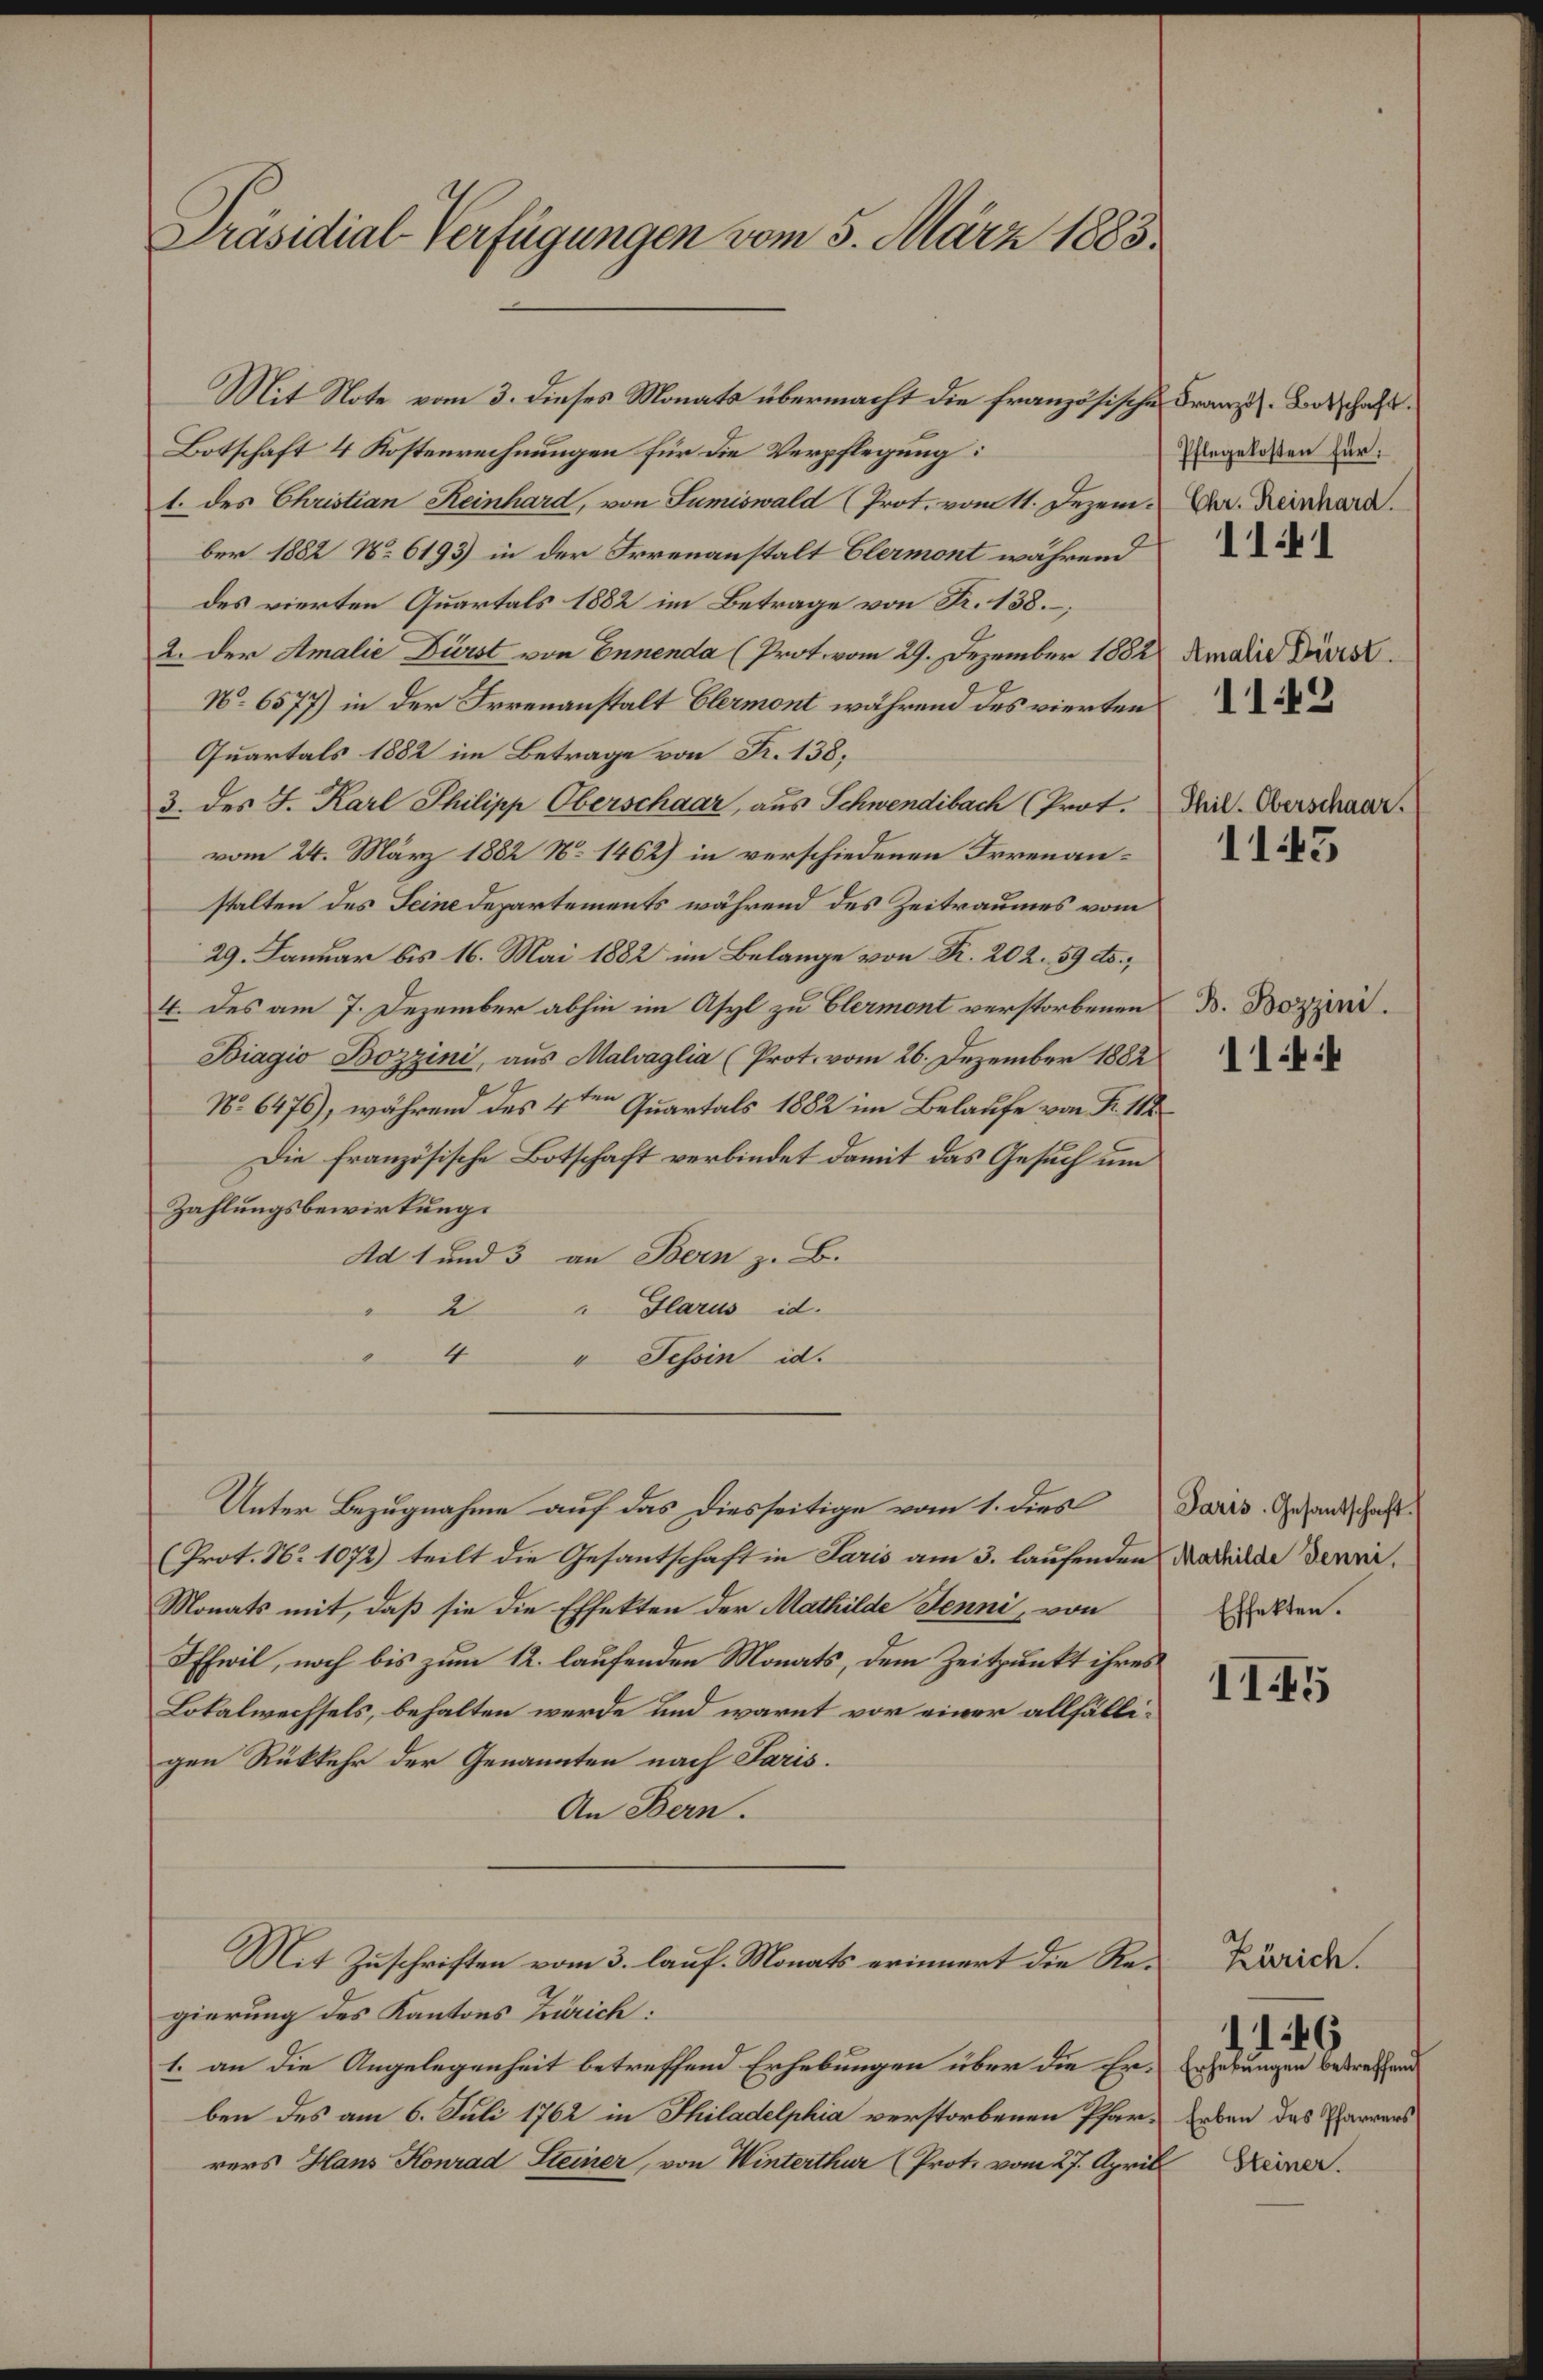
Präsidial-Verfügungen vom 5. März 1883.

Botschaft 4 Kostenrechnungen für die Verpflegung:
1. des Christian Reinhard, von Sumiswald (Prot. vom 11. Dezember 1882 No 6193) in der Irrenanstalt Clermont während
des vierten Quartals 1882 im Betrage von Fr. 138.
2. der Amalie Dürst von Ennenda (Prot. vom 29. Dezember 1882 Amalie Dire
No. 6577) in der Irrenanstalt Elermont während des vierten
Quartals 1882 im Betrage von Fr. 138;
3. des J. Karl Philipp Oberschaar, aus Schwendibach (Prot.
vom 24. März 1882 No 1462) in verschiedenen Irrenanstalten des Seine Departements während des Zeitraumes vom
29. Januar bis 16. Mai 1882 im Belange von K. 202. 59 etc.;
4. des am 7. Dezember abhin im Asyl zu Elermont verstorbenen
Biagio Bozzini, aus Malvaglia (Prot. vom 26. Dezember 1882
No 6476), während des 4ten Quartals 1882 im Belaufe von Fr. 118
Die französische Botschaft verbindet damit das Gesuch um
Zahlungsbewirkung.
Ad 1 und 3 an Bern z. B.
2
" Glarus id.
4
" Tessin id.
Unter Bezugnahme auf das Diesseitige vom 1. dies
(Prot. N. 1072) teilt die Gesantschaft in Paris am 3. laufenden
Monats mit, daß sie die Effekten der Mathilde Jenni, von
DEhwil, noch bis zum 12. laufenden Monats, dem Zeitpunkt ihres
Lokalwechsels, behalten werde und warnt vor einer allfälligen Rükkehr der Genannten nach Paris.
An Bern.
Mit Zuschriften vom 3. lauf. Monats erinnert die Regierung des Kantons Zürich:
1. an die Angelegenheit betreffend Erhebungen über die Erben des am 6. Juli 1762 in Philadelphia verstorbenen Pfarrers Hans Konrad Steiner von Winterthur (Prot. vom 27. April

Mit Note vom 3. dieses Monats übermacht die französische Franz. Botschaft.

Pflegekosten für:
Chr. Reinhard.

1141

119

Thil. Oberschaar.

1145

B. Bozzini.
11:4

Paris. Gesantschaft. (
Mathilde Jenni,
Effekten.

II5

Zürich.
Erhebungen betreffend
Erben des Pfarrers
E Steiner.

11246